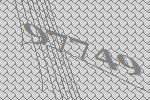
97749